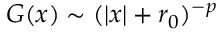
G ( x ) \sim ( | x | + r _ { 0 } ) ^ { - p }